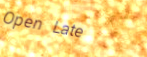
Open Late